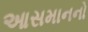
આસમાનનો